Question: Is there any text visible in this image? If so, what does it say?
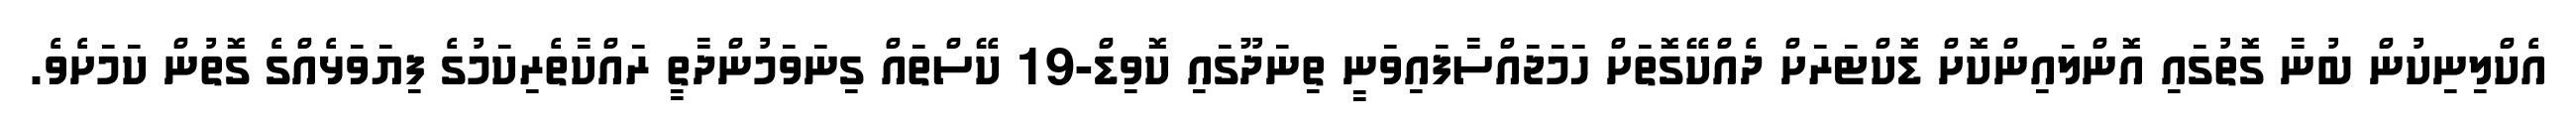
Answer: އެކްލިނިކުން ބުނާ ގޮތުގައި އޮންލައިންކޮށް ޑޮކްޓަރަށް ދެއްކޭގޮތަށް ހަމަޖައްސާފައިވަނީ ތިނަދޫގައި ކޮވިޑް-19 ކޭސްތައް ގިނަވަމުންދާތީ ރައްކާތެރިކަމުގެ ފިޔަވަޅެއްގެ ގޮތުން ކަމަށެވެ.